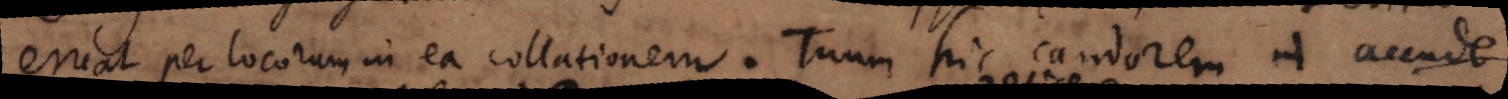
eruat per locorum in ea collationem. Tuum hic candorem in accude